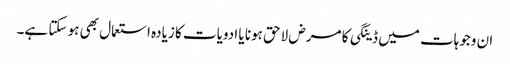
ان وجوہات میں ڈینگی کا مرض لاحق ہونا یا ادویات کا زیادہ استعمال بھی ہو سکتا ہے۔